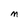
Character: M